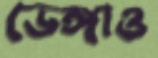
ভেঙ্গাও